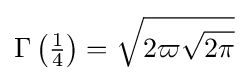
\Gamma \left({\tfrac {1}{4}}\right)={\sqrt {2\varpi {\sqrt {2\pi }}}}